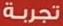
تجربة